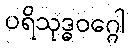
ပရိသုဒ္ဓဝဂ္ဂေါ